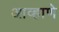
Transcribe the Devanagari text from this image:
आव्हाणे